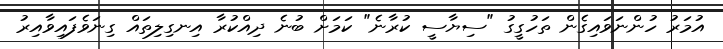
އުމަރު ހުންނަވައިގެން ތަހުގީގު "ސިޔާސީ ކުރާނެ" ކަމަށް ބުނެ ދިއްކުރާ އިނގިލިތައް ގިނަވެފައިވާއިރު